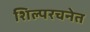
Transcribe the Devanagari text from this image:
शिल्परचनेत